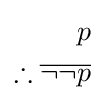
{\begin{aligned}p\\\therefore {\overline {\neg \neg p}}\\\end{aligned}}